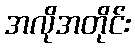
အလိုအတိုင်း